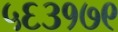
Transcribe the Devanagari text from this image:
५६३१७९